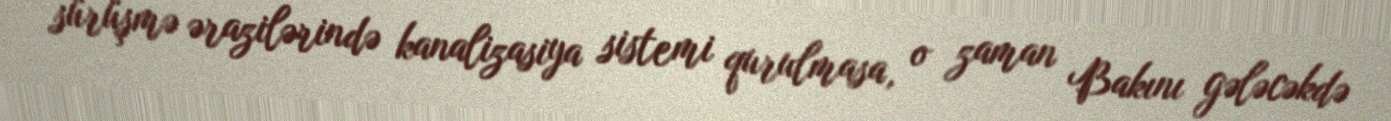
sürüşmə ərazilərində kanalizasiya sistemi qurulmasa, o zaman Bakını gələcəkdə